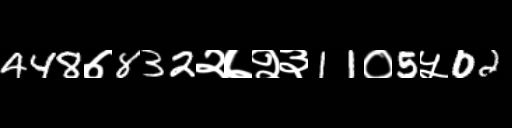
Text: 448७832२७२३11०5५02